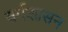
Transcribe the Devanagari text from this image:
वर्गशासन